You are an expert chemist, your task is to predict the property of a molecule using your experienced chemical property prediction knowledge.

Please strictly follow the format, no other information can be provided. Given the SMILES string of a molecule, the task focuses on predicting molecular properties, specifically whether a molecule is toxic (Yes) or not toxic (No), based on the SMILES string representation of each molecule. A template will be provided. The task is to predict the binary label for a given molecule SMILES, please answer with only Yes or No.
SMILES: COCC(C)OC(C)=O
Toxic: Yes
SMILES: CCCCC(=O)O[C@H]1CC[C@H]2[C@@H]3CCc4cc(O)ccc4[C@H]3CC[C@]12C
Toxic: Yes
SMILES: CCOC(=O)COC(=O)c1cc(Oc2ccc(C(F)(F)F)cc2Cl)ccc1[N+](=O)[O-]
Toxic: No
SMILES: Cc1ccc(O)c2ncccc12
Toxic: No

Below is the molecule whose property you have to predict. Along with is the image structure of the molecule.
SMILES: Oc1ccc(C2(c3ccc(O)cc3)CCCCC2)cc1
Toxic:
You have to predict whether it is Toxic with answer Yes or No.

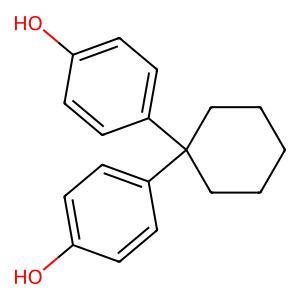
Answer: No